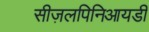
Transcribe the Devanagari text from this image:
सीज़लपिनिआयडी